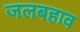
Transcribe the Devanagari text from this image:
जलबहाव